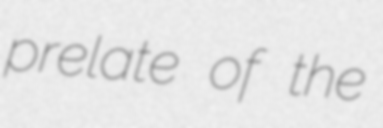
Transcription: prelate of the